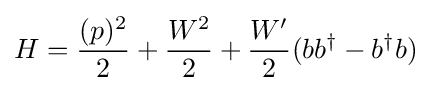
H={\frac {(p)^{2}}{2}}+{\frac {{W}^{2}}{2}}+{\frac {W'}{2}}(bb^{\dagger }-b^{\dagger }b)